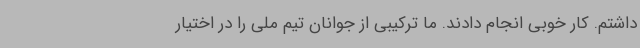
داشتم. کار خوبی انجام دادند. ما ترکیبی از جوانان تیم ملی را در اختیار